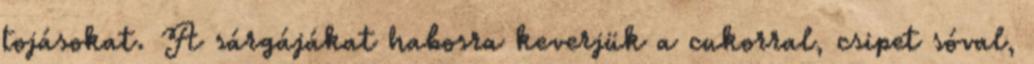
tojásokat. A sárgájákat habosra keverjük a cukorral, csipet sóval,